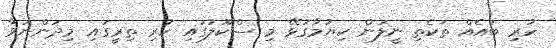
ހުރި ބައެއް ތަކެތި ނީލަން ކިޔުމާގުޅޭ މި ސްކޫލުގައި ހުރި ތިރީގައި މިދަންނަވާ